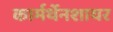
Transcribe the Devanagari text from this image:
कार्मर्थेनशायर